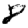
Digit: 8